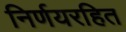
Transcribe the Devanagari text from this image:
निर्णयरहित